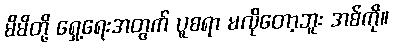
မိမိတို့ ရှေ့ရေးအတွက် ပူစရာ မလိုတော့ဘူး အစ်ကို။